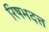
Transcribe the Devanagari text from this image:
रिषभदत्त